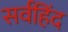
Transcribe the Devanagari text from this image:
सर्वहिंद